Document type: Sale
Year: 1499
Scribe: Joan Martínez de Sòria
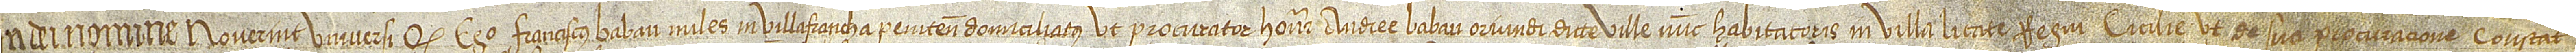
In Dei nomine. Noverint universi quod ego Franciscus Babau, miles in Villafrancha Penitensis domiciliatus, ut procurator honorabilis Andree Babau, oriundi dicte ville, nunc habitatoris in villa Licate, regni Cicilie, ut de sua procuracione constat